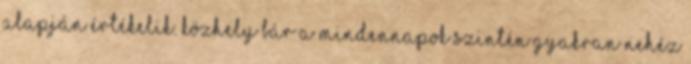
alapján értékelik. Közhely bár a mindennapok szintén gyakran nehéz